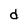
Character: d